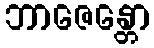
ဘာဇေန္တော